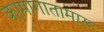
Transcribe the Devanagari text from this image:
कामागातामारू